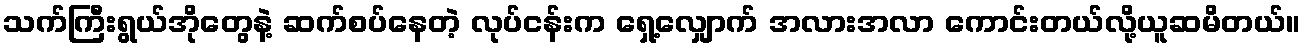
သက်ကြီးရွယ်အိုတွေနဲ့ ဆက်စပ်နေတဲ့ လုပ်ငန်းက ရှေ့လျှောက် အလားအလာ ကောင်းတယ်လို့ယူဆမိတယ်။